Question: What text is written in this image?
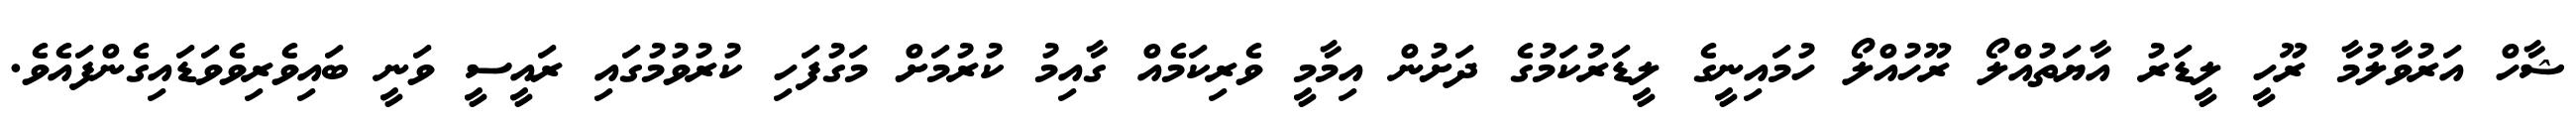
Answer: ޝާހް އަރުވާލުމާ ރޫހީ ލީޑަރު އާޔަތުއްލޯ ރޫހުއްލޯ ހުމައިނީގެ ލީޑަރުކަމުގެ ދަށުން އިމާމީ ވެރިކަމެއް ގާއިމު ކުރުމަށް މަގުފަހި ކުރުވުމުގައި ރައީސީ ވަނީ ބައިވެރިވެވަޑައިގެންފައެވެ.